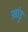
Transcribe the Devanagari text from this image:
ख़ांडू